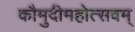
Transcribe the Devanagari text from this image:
कौमुदीमहोत्सवम्